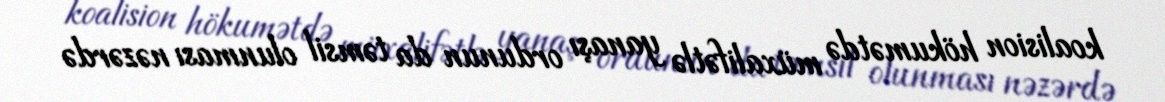
koalision hökumətdə müxalifətlə yanaşı ordunun da təmsil olunması nəzərdə